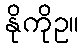
နိုကိုဥ။